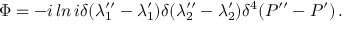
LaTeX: \Phi = - i \, l n \, i \delta ( \lambda _ { 1 } ^ { \prime \prime } - \lambda _ { 1 } ^ { \prime } ) \delta ( \lambda _ { 2 } ^ { \prime \prime } - \lambda _ { 2 } ^ { \prime } ) \delta ^ { 4 } ( P ^ { \prime \prime } - P ^ { \prime } ) \, .